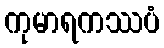
ကုမာရကဿပံ